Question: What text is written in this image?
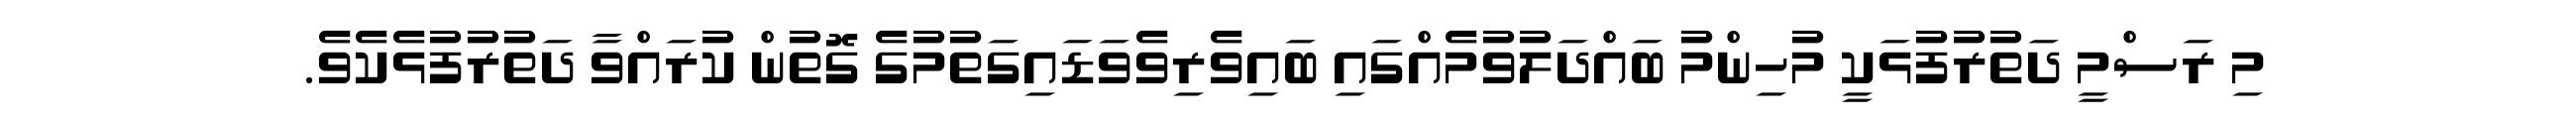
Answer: މި ރަސްމީ ދަތުރުފުޅަކީ މުހިންމު ބައްދަލުވުމެއްގައި ބައިވެރިވެވަޑައިގަތުމުގެ ގޮތުން ކުރައްވާ ދަތުރުފުޅެކެވެ.